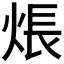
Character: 𤊞